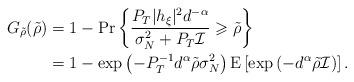
LaTeX: \begin{align*}G_\mathrm{\tilde{\rho}}(\tilde{\rho})&=1-\Pr\left\lbrace \frac{P_T|h_\xi|^2d^{-\alpha}}{\sigma^2_N+P_T\mathcal{I}}\geqslant \tilde{\rho} \right\rbrace\\&=1-\exp\left(-P_T^{-1}d^\alpha\tilde{\rho}\sigma^2_N \right)\mathrm{E}\left[\exp\left(-d^\alpha \tilde{\rho} \mathcal{I} \right)\right].\end{align*}